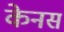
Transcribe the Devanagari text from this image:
केनस